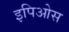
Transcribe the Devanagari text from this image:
इपिओस